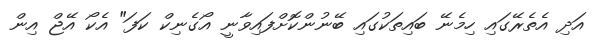
އަދި އެތެރޭގައި ހިމެނޭ ބައިތަކުގައި ބޭނުންކޮށްފައިވާނީ އޯގެނިކް ކަފަ" އެކޯ އޭޖް އިން